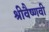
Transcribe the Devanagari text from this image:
श्रीवैष्णवी